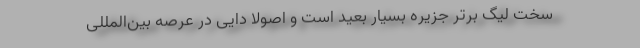
سخت لیگ برتر جزیره بسیار بعید است و اصولاً دایی در عرصه بین‌المللی